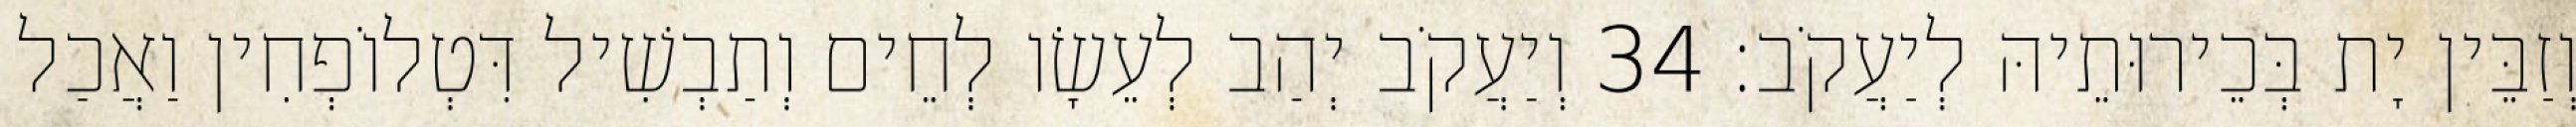
וְזַבֵּין יָת בְּכֵירוּתֵיהּ לְיַעֲקֹב׃ 34 וְיַעֲקֹב יְהַב לְעֵשָׂו לְחֵים וְתַבְשִׁיל דִּטְלוֹפְחִין וַאֲכַל